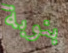
بنوبة